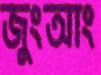
জুংআং